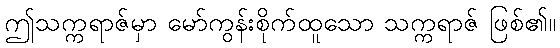
ဤသက္ကရာဇ်မှာ မော်ကွန်းစိုက်ထူသော သက္ကရာဇ် ဖြစ်၏။